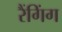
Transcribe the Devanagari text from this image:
रैंगिंग